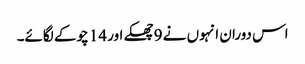
اس دوران انہوں نے 9 چھکے اور 14 چوکے لگائے۔